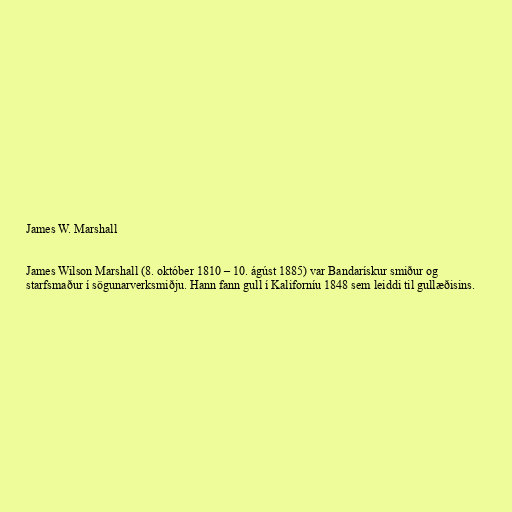
James W. Marshall

James Wilson Marshall (8. október 1810 – 10. ágúst 1885) var Bandarískur smiður og
starfsmaður í sögunarverksmiðju. Hann fann gull í Kaliforníu 1848 sem leiddi til gullæðisins.